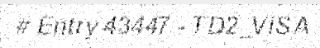
# Entry 43447 - TD2_VISA